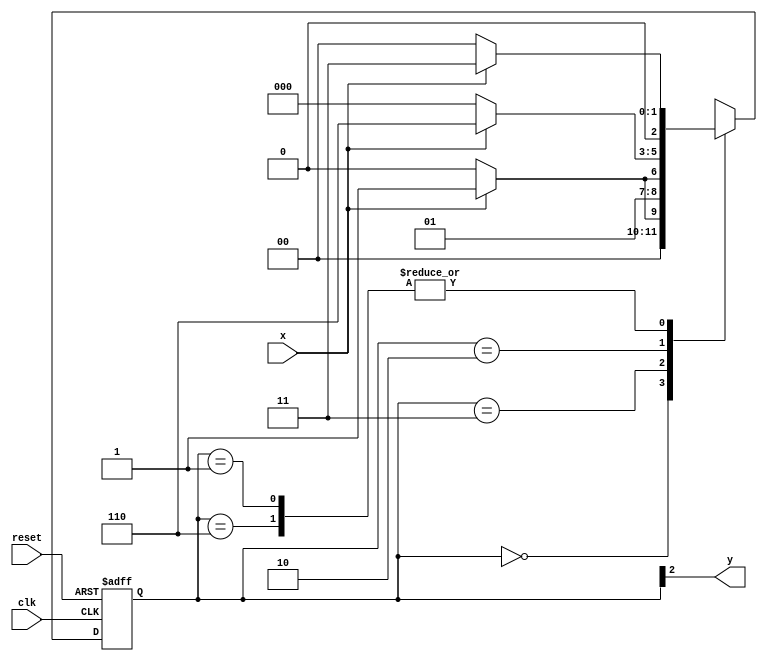
// ------------------
// --- Moore 1101 ---
// ------------------

// constant definition 
	`define found	1 
	`define notfound	0 
 
// FSM by Moore 
	module  moore1101 ( y, x, clk, reset ); 
	output	y; 
	input	x; 
	input	clk; 
	input	reset; 
 
	reg	y;
	
	parameter				// state identifiers 
   start		= 3'b000, 
   id1		= 3'b001, 
   id11		= 3'b011, 
   id110		= 3'b010, 
   id1101	= 3'b110;	//  signal found 
 
   reg [2:0] E1; // current state variables 
   reg [2:0] E2; // next state logic output
	
	// next state logic 
   always @( x or E1 ) 
    begin 
     case( E1 ) 
      start: 
        if ( x ) 
         E2 = id1; 
        else 
         E2 = start; 
      id1: 
        if ( x ) 
         E2 = id11; 
        else 
         E2 = start; 
      id11: 
        if ( x ) 
         E2 = id11; 
        else 
         E2 = id110; 
      id110: 
        if ( x ) 
         E2 = id1101; 
        else 
         E2 = start; 
      id1101: 
        if ( x ) 
         E2 = id11; 
        else 
         E2 = start; 
     default:   // undefined statee   
         E2 = 3'bxxx; 
     endcase 
    end // always at signal or state changing 
 
// state variables 
   always @( posedge clk or negedge reset ) 
    begin 
     if ( reset ) 
      E1 = E2;    // updates current state 
     else 
      E1 = 0;     // reset 
    end // always at signal changing 
 
// output logic 
   always @( E1 ) 
    begin 
     y = E1[2];   // first bit of state value 
    end // always at state changing 
 
endmodule // moore1101